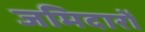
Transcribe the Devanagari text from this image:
जमिदारों